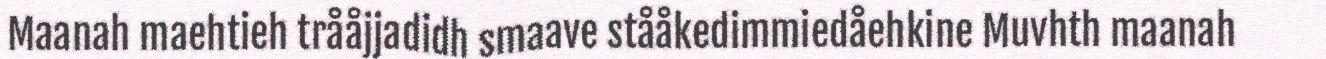
Maanah maehtieh trååjjadidh smaave stååkedimmiedåehkine Muvhth maanah